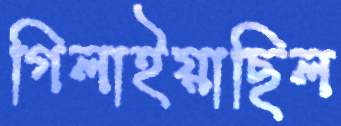
গিলাইয়াছিল